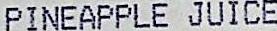
PINEAPPLE JUICE